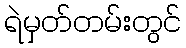
ရဲမှတ်တမ်းတွင်